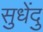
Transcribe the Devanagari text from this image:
सुधेंदु